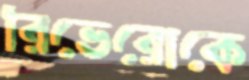
রিভেরোকে